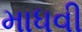
માધવી